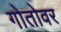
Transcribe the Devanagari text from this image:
गोतोवर